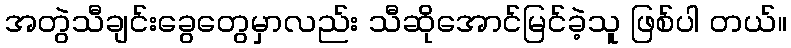
အတွဲသီချင်းခွေတွေမှာလည်း သီဆိုအောင်မြင်ခဲ့သူ ဖြစ်ပါ တယ်။